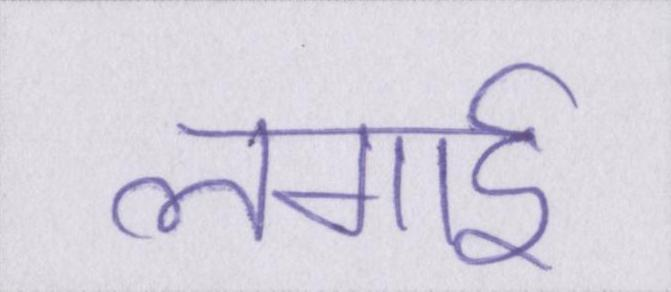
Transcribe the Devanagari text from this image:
लगाई